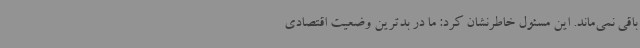
باقی نمی‌ماند. این مسئول خاطرنشان کرد: ما در بدترین وضعیت اقتصادی